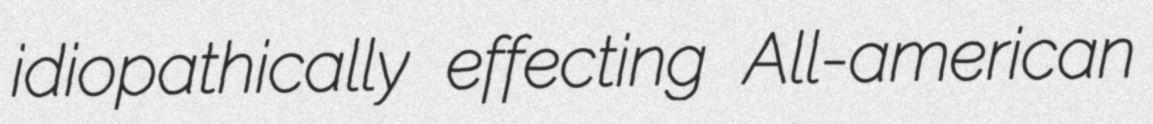
idiopathically effecting All-american